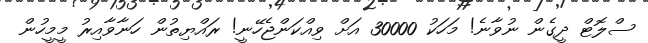
ސްލޮޓް ދީގެން ނުވާނެ! މަހަކު 30000 އަށް ވިއްކަންޖެހޭނީ! ރައްޔިތުން ހަނާވާއިރު މީމީހުން